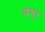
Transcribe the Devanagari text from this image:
मंगुर